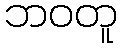
ဘဝတူ